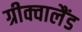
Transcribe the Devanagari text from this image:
ग्रीक्वालैंड